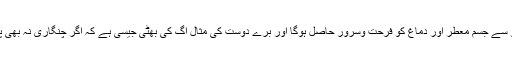
اگر مشک نہ بھی ملے تب بھی مشک کی خوشبو سے جسم معطر اور دماغ کو فرحت وسرور حاصل ہوگا اور بُرے دوست کی مثال آگ کی بھٹی جیسی ہے کہ اگر چنگاری نہ بھی پڑے تو دھواں سے دامن ضرور سیاہ ہوجائے گا۔